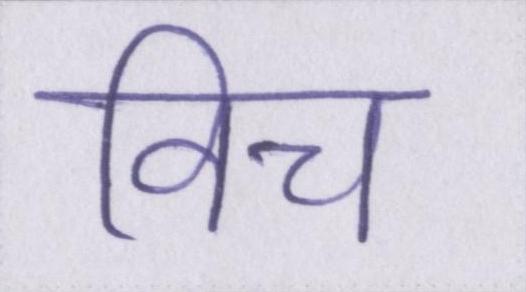
विच